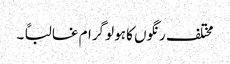
مختلف رنگوں کا ہولو گرام غالباً ۔